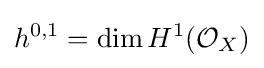
h^{0,1}=\dim H^{1}({\mathcal {O}}_{X})